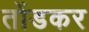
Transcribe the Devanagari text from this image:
तोंडकर